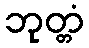
ဘုတ္တံ